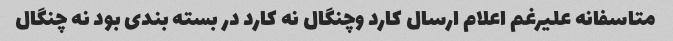
متاسفانه علیرغم اعلام ارسال کارد وچنگال نه کارد در بسته بندی بود نه چنگال